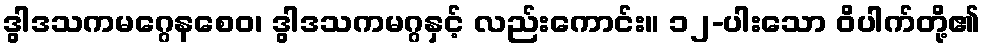
ဒွါဒသကမဂ္ဂေနစေဝ၊ ဒွါဒသကမဂ္ဂနှင့် လည်းကောင်း။ ၁၂-ပါးသော ဝိပါက်တို့၏